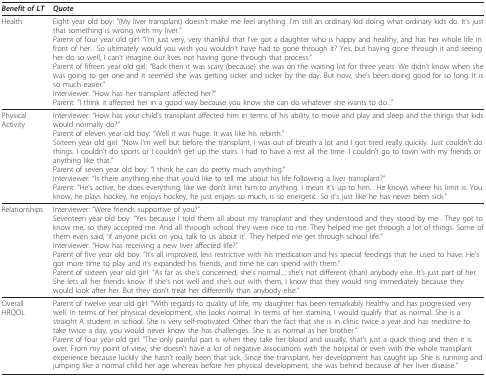
<table><thead><tr><td><b><i>Benefit of LT</i></b></td><td><b><i>Quote</i></b></td></tr></thead><tbody><tr><td>Health</td><td>Eight year old boy: &quot;(My liver transplant) doesn&#x27;t make me feel anything. I&#x27;m still an ordinary kid doing what ordinary kids do. It&#x27;s just that something is wrong with my liver.&quot;Parent of four year old girl: &quot;I&#x27;m just very, very thankful that I&#x27;ve got a daughter who is happy and healthy, and has her whole life in front of her... So ultimately would you wish you wouldn&#x27;t have had to gone through it? Yes, but having gone through it and seeing her do so well, I can&#x27;t imagine our lives not having gone through that process.&quot;Parent of fifteen year old girl: &quot;Back then it was scary (because) she was on the waiting list for three years. We didn&#x27;t know when she was going to get one and it seemed she was getting sicker and sicker by the day. But now, she&#x27;s been doing good for so long. It is so much easier.&quot;Interviewer: &quot;How has her transplant affected her?&quot;Parent: &quot;I think it affected her in a good way because you know she can do whatever she wants to do...&quot;</td></tr><tr><td>Physical Activity</td><td>Interviewer: &quot;How has your child&#x27;s transplant affected him in terms of his ability to move and play and sleep and the things that kids would normally do?&quot;Parent of eleven year old boy: &quot;Well it was huge. It was like his rebirth.&quot;Sixteen year old girl: &quot;Now I&#x27;m well but before the transplant, I was out of breath a lot and I got tired really quickly. Just couldn&#x27;t do things. I couldn&#x27;t do sports or I couldn&#x27;t get up the stairs. I had to have a rest all the time. I couldn&#x27;t go to town with my friends or anything like that.&quot;Parent of seven year old boy: &quot;I think he can do pretty much anything.&quot;Interviewer: &quot;Is there anything else that you&#x27;d like to tell me about his life following a liver transplant?&quot;Parent: &quot;He&#x27;s active, he does everything, like we don&#x27;t limit him to anything. I mean it&#x27;s up to him... He knows where his limit is. You know, he plays hockey, he enjoys hockey, he just enjoys so much, is so energetic. So it&#x27;s just like he has never been sick.&quot;</td></tr><tr><td>Relationships</td><td>Interviewer: &quot;Were friends supportive of you?&quot;Seventeen year old boy: &quot;Yes because I told them all about my transplant and they understood and they stood by me... They got to know me, so they accepted me. And all through school they were nice to me. They helped me get through a lot of things. Some of them even said, &#x27;if anyone picks on you, talk to us about it&#x27;. They helped me get through school life.&quot;Interviewer: &quot;How has receiving a new liver affected life?&quot;Parent of five year old boy: &quot;It&#x27;s all improved, less restrictive with his medication and his special feedings that he used to have. He&#x27;s got more time to play and it&#x27;s expanded his friends, and time he can spend with them.&quot;Parent of sixteen year old girl: &quot;As far as she&#x27;s concerned, she&#x27;s normal..., she&#x27;s not different (than) anybody else. It&#x27;s just part of her. She lets all her friends know. If she&#x27;s not well and she&#x27;s out with them, I know that they would ring immediately because they would look after her. But they don&#x27;t treat her differently than anybody else.&quot;</td></tr><tr><td>Overall HRQOL</td><td>Parent of twelve year old girl: &quot;With regards to quality of life, my daughter has been remarkably healthy and has progressed very well. In terms of her physical development, she looks normal. In terms of her stamina, I would qualify that as normal. She is a straight A student in school. She is very self-motivated. Other than the fact that she is in clinic twice a year and has medicine to take twice a day, you would never know she has challenges. She is as normal as her brother.&quot;Parent of four year old girl: &quot;The only painful part is when they take her blood and usually, that&#x27;s just a quick thing and then it is over. From my point of view, she doesn&#x27;t have a lot of negative associations with the hospital or even with the whole transplant experience because luckily she hasn&#x27;t really been that sick. Since the transplant, her development has caught up. She is running and jumping like a normal child her age whereas before her physical development, she was behind because of her liver disease.&quot;</td></tr></tbody></table>